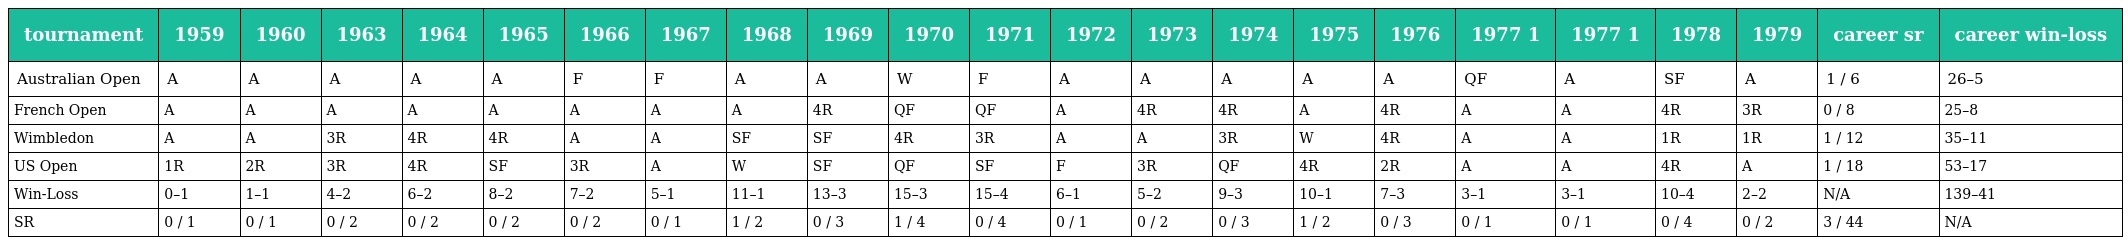
| tournament | 1959 | 1960 | 1963 | 1964 | 1965 | 1966 | 1967 | 1968 | 1969 | 1970 | 1971 | 1972 | 1973 | 1974 | 1975 | 1976 | 1977 1 | 1977 1 | 1978 | 1979 | career sr | career win-loss |
 | --- | --- | --- | --- | --- | --- | --- | --- | --- | --- | --- | --- | --- | --- | --- | --- | --- | --- | --- | --- | --- | --- | --- |
 | Australian Open | A | A | A | A | A | F | F | A | A | W | F | A | A | A | A | A | QF | A | SF | A | 1 / 6 | 26–5 |
 | French Open | A | A | A | A | A | A | A | A | 4R | QF | QF | A | 4R | 4R | A | 4R | A | A | 4R | 3R | 0 / 8 | 25–8 |
 | Wimbledon | A | A | 3R | 4R | 4R | A | A | SF | SF | 4R | 3R | A | A | 3R | W | 4R | A | A | 1R | 1R | 1 / 12 | 35–11 |
 | US Open | 1R | 2R | 3R | 4R | SF | 3R | A | W | SF | QF | SF | F | 3R | QF | 4R | 2R | A | A | 4R | A | 1 / 18 | 53–17 |
 | Win-Loss | 0–1 | 1–1 | 4–2 | 6–2 | 8–2 | 7–2 | 5–1 | 11–1 | 13–3 | 15–3 | 15–4 | 6–1 | 5–2 | 9–3 | 10–1 | 7–3 | 3–1 | 3–1 | 10–4 | 2–2 | N/A | 139–41 |
 | SR | 0 / 1 | 0 / 1 | 0 / 2 | 0 / 2 | 0 / 2 | 0 / 2 | 0 / 1 | 1 / 2 | 0 / 3 | 1 / 4 | 0 / 4 | 0 / 1 | 0 / 2 | 0 / 3 | 1 / 2 | 0 / 3 | 0 / 1 | 0 / 1 | 0 / 4 | 0 / 2 | 3 / 44 | N/A |